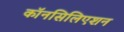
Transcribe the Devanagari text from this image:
कॉनसिलिएशन